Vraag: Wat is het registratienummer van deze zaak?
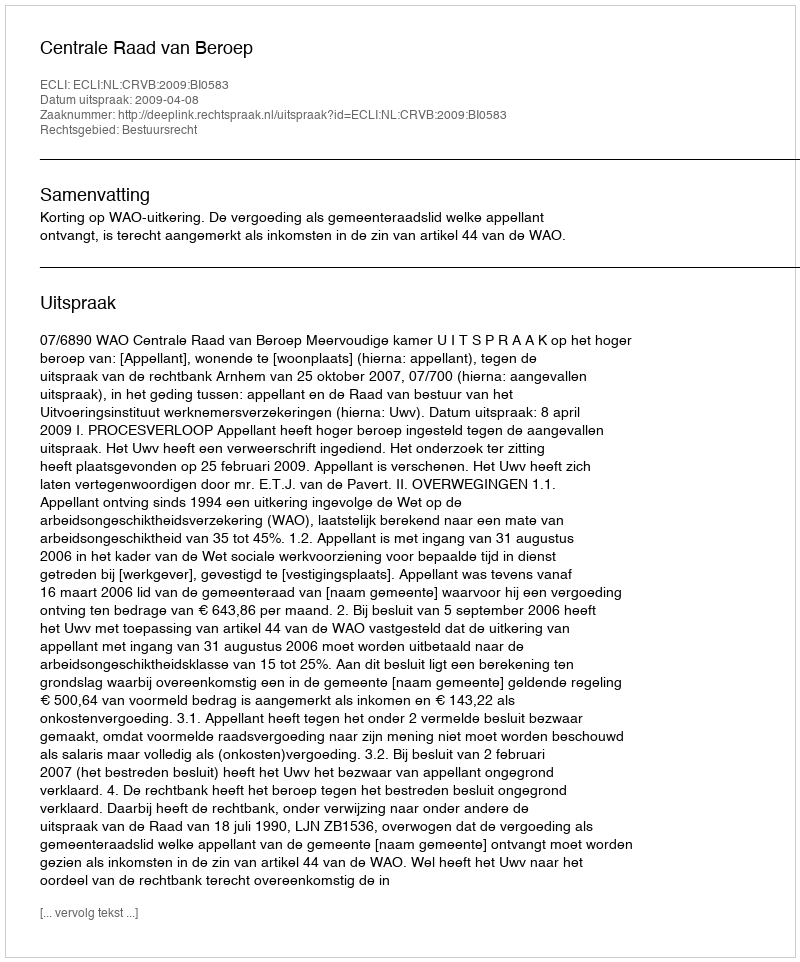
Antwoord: http://deeplink.rechtspraak.nl/uitspraak?id=ECLI:NL:CRVB:2009:BI0583